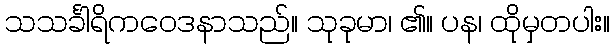
သသင်္ခါရိကဝေဒနာသည်။ သုခုမာ၊ ၏။ ပန၊ ထိုမှတပါး။